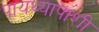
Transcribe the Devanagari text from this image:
पायथ्यापाशी